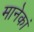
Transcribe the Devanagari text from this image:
मानेकां